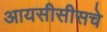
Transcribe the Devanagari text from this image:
आयसीसीसचे